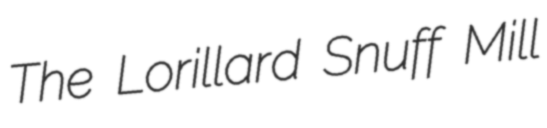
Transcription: The Lorillard Snuff Mill